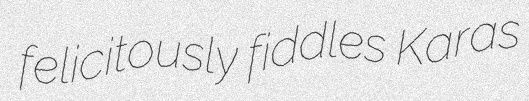
felicitously fiddles Karas